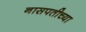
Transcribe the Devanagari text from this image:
नासपतीच्या